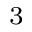
^ \mathrm { 3 }